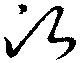
次